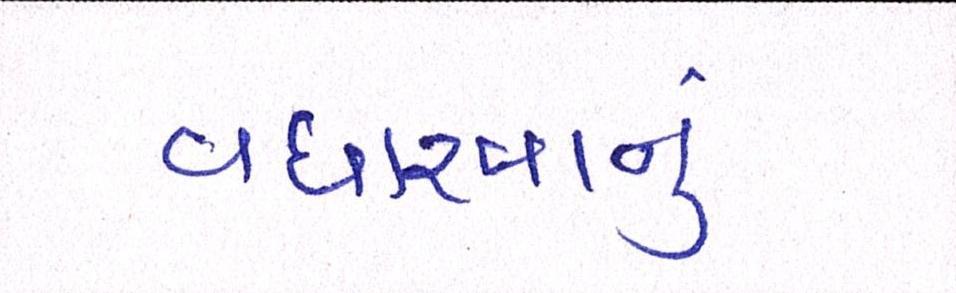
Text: વધારવાનું